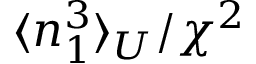
\langle n _ { 1 } ^ { 3 } \rangle _ { U } / \chi ^ { 2 }